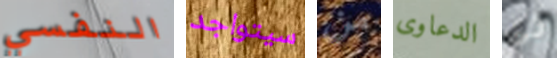
النفسي سيتواجد من الدعاوى ذى